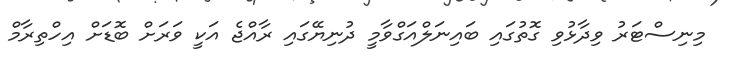
މިނިސްޓަރު ވިދާޅުވި ގޮތުގައި ބައިނަލްއަގްވާމީ ދުނިޔޭގައި ރާއްޖެ އަކީ ވަރަށް ބޮޑަށް އިހްތިރާމް